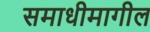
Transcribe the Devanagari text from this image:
समाधीमागील